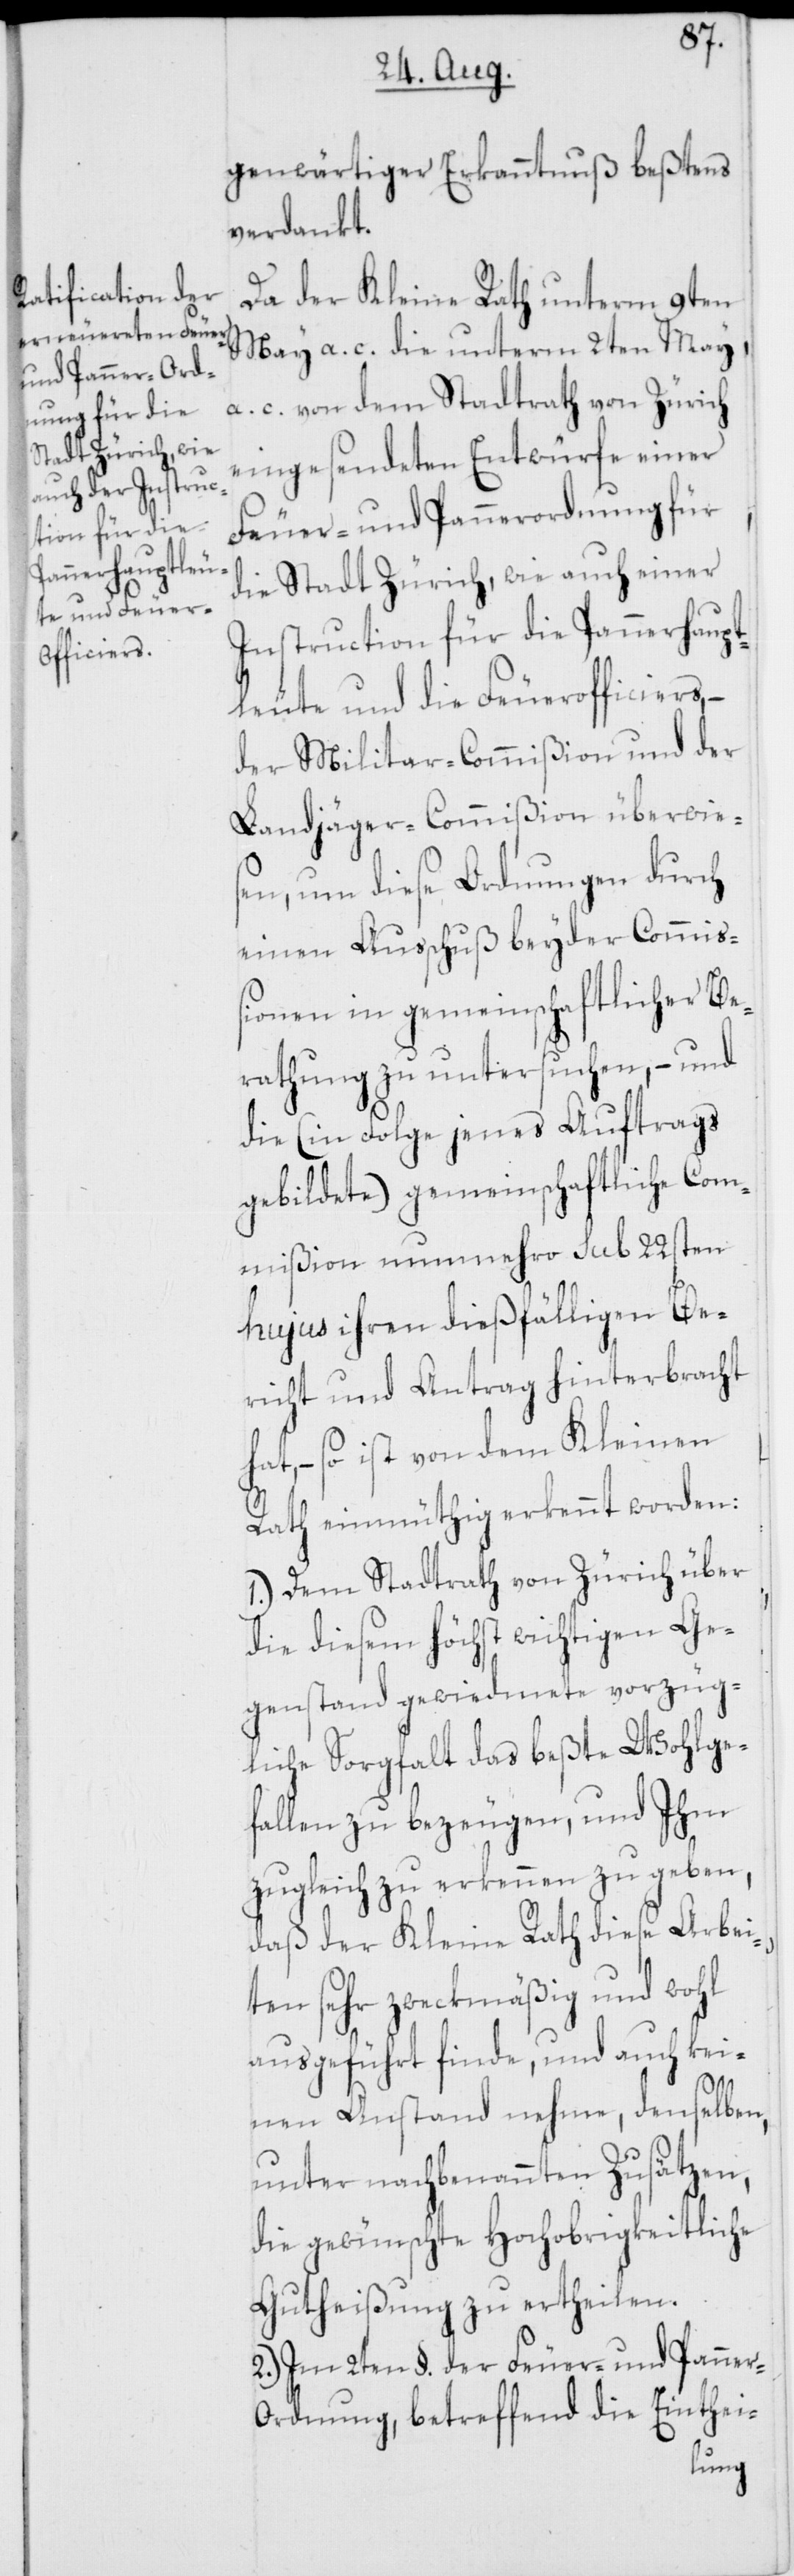
genwärtiger Erkanntnuß beßtens
verdankt.
Da der Kleine Rath unterm 9ten
May a. c. die unterm 2ten May
a. c. von dem Stadtrath von Zürich
eingesendeten Entwürfe einer
Feuer- und Pannerordnung für
die Stadt Zürich, wie auch einer
Instruction für die Pannerhaupt¬
leute und die Feuerofficiers, –
der Militar-Commißion und der
Landjäger-Commißion überwie¬
sen, um diese Ordnungen durch
einen Ausschuß beyder Commi¬
ßionen in gemeinschaftlicher Be¬
rathung zu untersuchen, – und
die (in Folge jenes Auftrags
gebildete) gemeinschaftliche Com¬
mißion nunmehro sub 22sten
hujus ihren dießfälligen Be¬
richt und Antrag hinterbracht
hat, – so ist von dem Kleinen
Rath einmüthig erkennt worden:
1.) Dem Stadtrath von Zürich über
die diesem höchst wichtigen Ge¬
genstand gewiedmete vorzüg¬
liche Sorgfalt das beßte Wohlge¬
fallen zu bezeugen, und Ihm
zugleich zu erkennen zu geben,
daß der Kleine Rath diese Arbei¬
ten sehr zweckmäßig und wohl
ausgeführt finde, und auch kei¬
nen Anstand nehme, denselben,
unter nachbenannten Zusätzen,
die gewünschte Hochobrigkeitliche
Gutheißung zu ertheilen.
2.) Im 2ten §. der Feuer- und Panne¬
r-Ordnung, betreffend die Einthei-